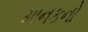
માનકનો